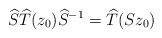
\begin{align*}\widehat{S}\widehat{T}(z_{0})\widehat{S}^{-1}=\widehat{T}(Sz_{0})\end{align*}